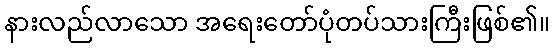
နားလည်လာသော အရေးတော်ပုံတပ်သားကြီးဖြစ်၏။